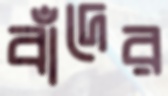
বাঁদের